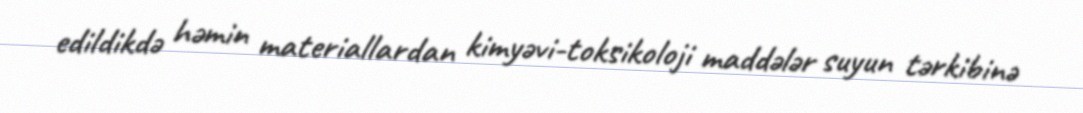
edildikdə həmin materiallardan kimyəvi-toksikoloji maddələr suyun tərkibinə